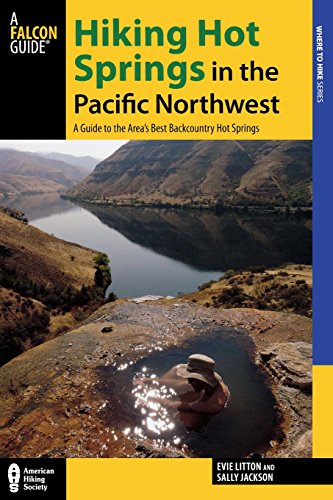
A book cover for Hiking Hot Springs in the Pacific Northwest: A Guide to the Area's Best Backcountry Hot Springs (Regional Hiking Series); Evie Litton; Sports & Outdoors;